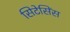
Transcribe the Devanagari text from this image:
सिटेसिंस